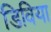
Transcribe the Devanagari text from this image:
डिविया